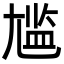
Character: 尴